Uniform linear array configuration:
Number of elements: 48
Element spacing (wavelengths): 1
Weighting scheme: binomial
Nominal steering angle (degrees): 30
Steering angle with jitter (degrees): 30.129
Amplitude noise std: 0.05
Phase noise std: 0.05

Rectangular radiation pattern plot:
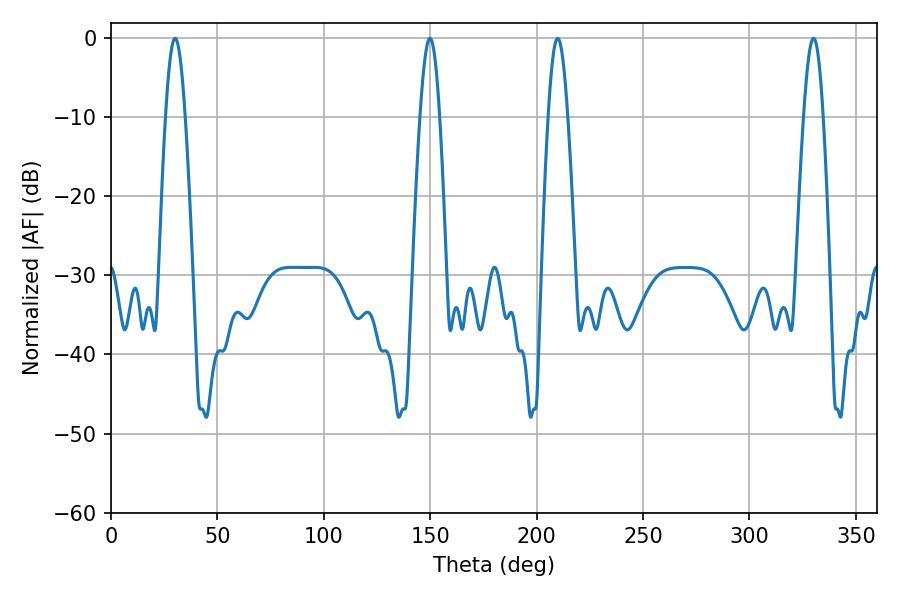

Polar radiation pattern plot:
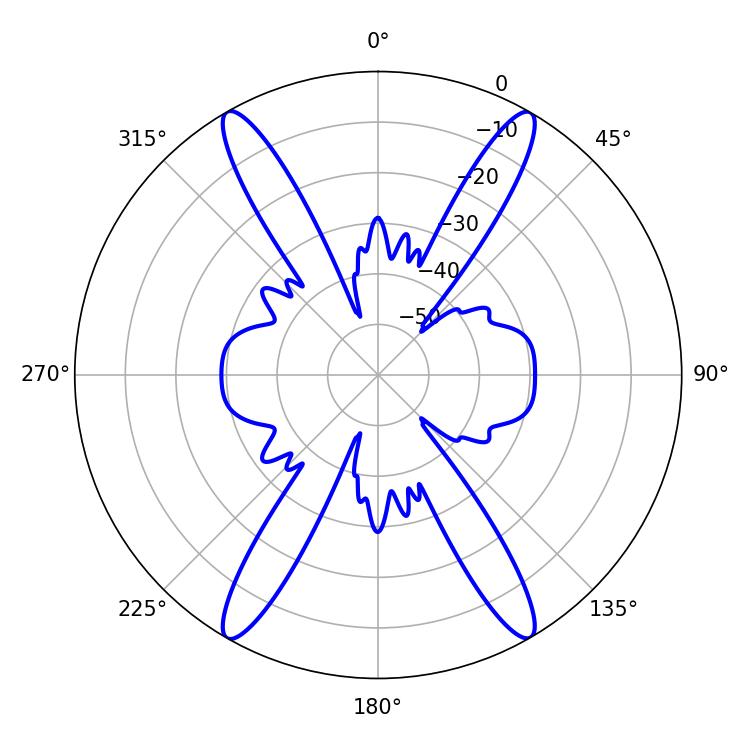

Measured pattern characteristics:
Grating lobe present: TRUE
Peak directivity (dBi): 33.866
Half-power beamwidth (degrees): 4.86
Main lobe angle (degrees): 209.88